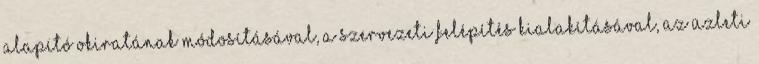
alapító okiratának módosításával, a szervezeti felépítés kialakításával, az üzleti